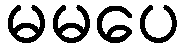
မမပေ